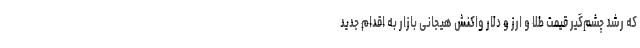
که رشد چشم‌گیر قیمت طلا و ارز و دلار واکنش هیجانی بازار به اقدام جدید